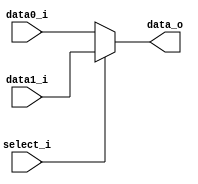
module  mux
(
    input   wire    [31:0]  data0_i ,
    input   wire    [31:0]  data1_i ,
    input   wire            select_i,
    
    output  wire    [31:0]  data_o  
);

assign  data_o = (select_i) ? data1_i : data0_i;

endmodule